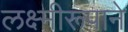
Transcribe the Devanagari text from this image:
लक्ष्मीरूपाने